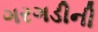
ગરગડીની